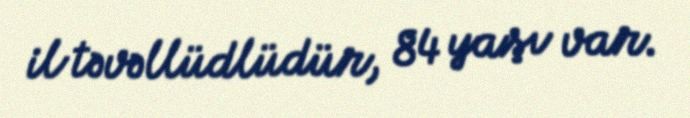
il təvəllüdlüdür, 84 yaşı var.